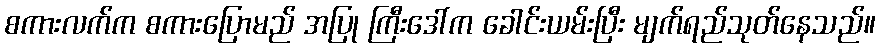
စကားလက်က စကားပြောမည် အပြု ကြီးဒေါ်က ခေါင်းယမ်းပြီး မျက်ရည်သုတ်နေသည်။